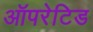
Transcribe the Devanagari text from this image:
ऑपरेटिड